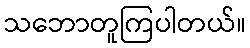
သဘောတူကြပါတယ်။